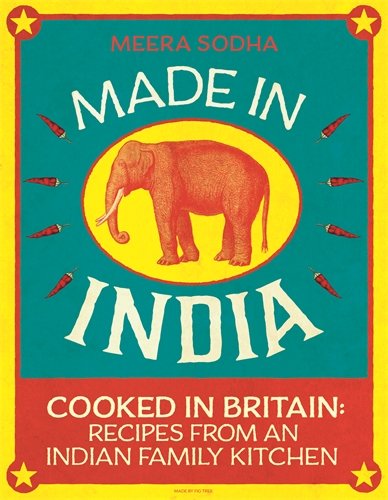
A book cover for Made in India: Cooked In Britain Recipes From And Indian Family Kitchen; Meera Sodha; Cookbooks, Food & Wine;